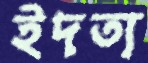
ইদত্য